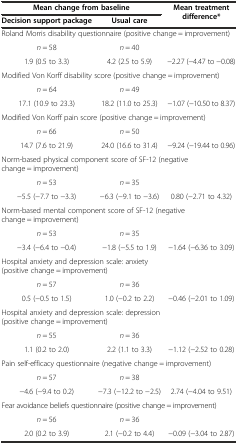
<table><thead><tr><td colspan="2"><b>Mean change from baseline</b></td><td rowspan="2"><b>Mean treatment difference*</b></td></tr><tr><td><b>Decision support package</b></td><td><b>Usual care</b></td></tr></thead><tbody><tr><td colspan="3">Roland Morris disability questionnaire (positive change = improvement)</td></tr><tr><td><i>n</i> = 58</td><td><i>n</i> = 40</td><td></td></tr><tr><td>1.9 (0.5 to 3.3)</td><td>4.2 (2.5 to 5.9)</td><td>-2.27 (-4.47 to -0.08)</td></tr><tr><td colspan="3">Modified Von Korff disability score (positive change = improvement)</td></tr><tr><td><i>n</i> = 64</td><td><i>n</i> = 49</td><td></td></tr><tr><td>17.1 (10.9 to 23.3)</td><td>18.2 (11.0 to 25.3)</td><td>-1.07 (-10.50 to 8.37)</td></tr><tr><td colspan="3">Modified Von Korff pain score (positive change = improvement)</td></tr><tr><td><i>n</i> = 66</td><td><i>n</i> = 50</td><td></td></tr><tr><td>14.7 (7.6 to 21.9)</td><td>24.0 (16.6 to 31.4)</td><td>-9.24 (-19.44 to 0.96)</td></tr><tr><td colspan="3">Norm-based physical component score of SF-12 (negative change = improvement)</td></tr><tr><td><i>n</i> = 53</td><td><i>n</i> = 35</td><td></td></tr><tr><td>-5.5 (-7.7 to -3.3)</td><td>-6.3 (-9.1 to -3.6)</td><td>0.80 (-2.71 to 4.32)</td></tr><tr><td colspan="3">Norm-based mental component score of SF-12 (negative change = improvement)</td></tr><tr><td><i>n</i> = 53</td><td><i>n</i> = 35</td><td></td></tr><tr><td>-3.4 (-6.4 to -0.4)</td><td>-1.8 (-5.5 to 1.9)</td><td>-1.64 (-6.36 to 3.09)</td></tr><tr><td colspan="3">Hospital anxiety and depression scale: anxiety (positive change = improvement)</td></tr><tr><td><i>n</i> = 57</td><td><i>n</i> = 36</td><td></td></tr><tr><td>0.5 (-0.5 to 1.5)</td><td>1.0 (-0.2 to 2.2)</td><td>-0.46 (-2.01 to 1.09)</td></tr><tr><td colspan="3">Hospital anxiety and depression scale: depression (positive change = improvement)</td></tr><tr><td><i>n</i> = 55</td><td><i>n</i> = 36</td><td></td></tr><tr><td>1.1 (0.2 to 2.0)</td><td>2.2 (1.1 to 3.3)</td><td>-1.12 (-2.52 to 0.28)</td></tr><tr><td colspan="3">Pain self-efficacy questionnaire (negative change = improvement)</td></tr><tr><td><i>n</i> = 57</td><td><i>n</i> = 38</td><td></td></tr><tr><td>-4.6 (-9.4 to 0.2)</td><td>-7.3 (-12.2 to -2.5)</td><td>2.74 (-4.04 to 9.51)</td></tr><tr><td colspan="3">Fear avoidance beliefs questionnaire (positive change = improvement)</td></tr><tr><td><i>n</i> = 56</td><td><i>n</i> = 36</td><td></td></tr><tr><td>2.0 (0.2 to 3.9)</td><td>2.1 (-0.2 to 4.4)</td><td>-0.09 (-3.04 to 2.87)</td></tr></tbody></table>